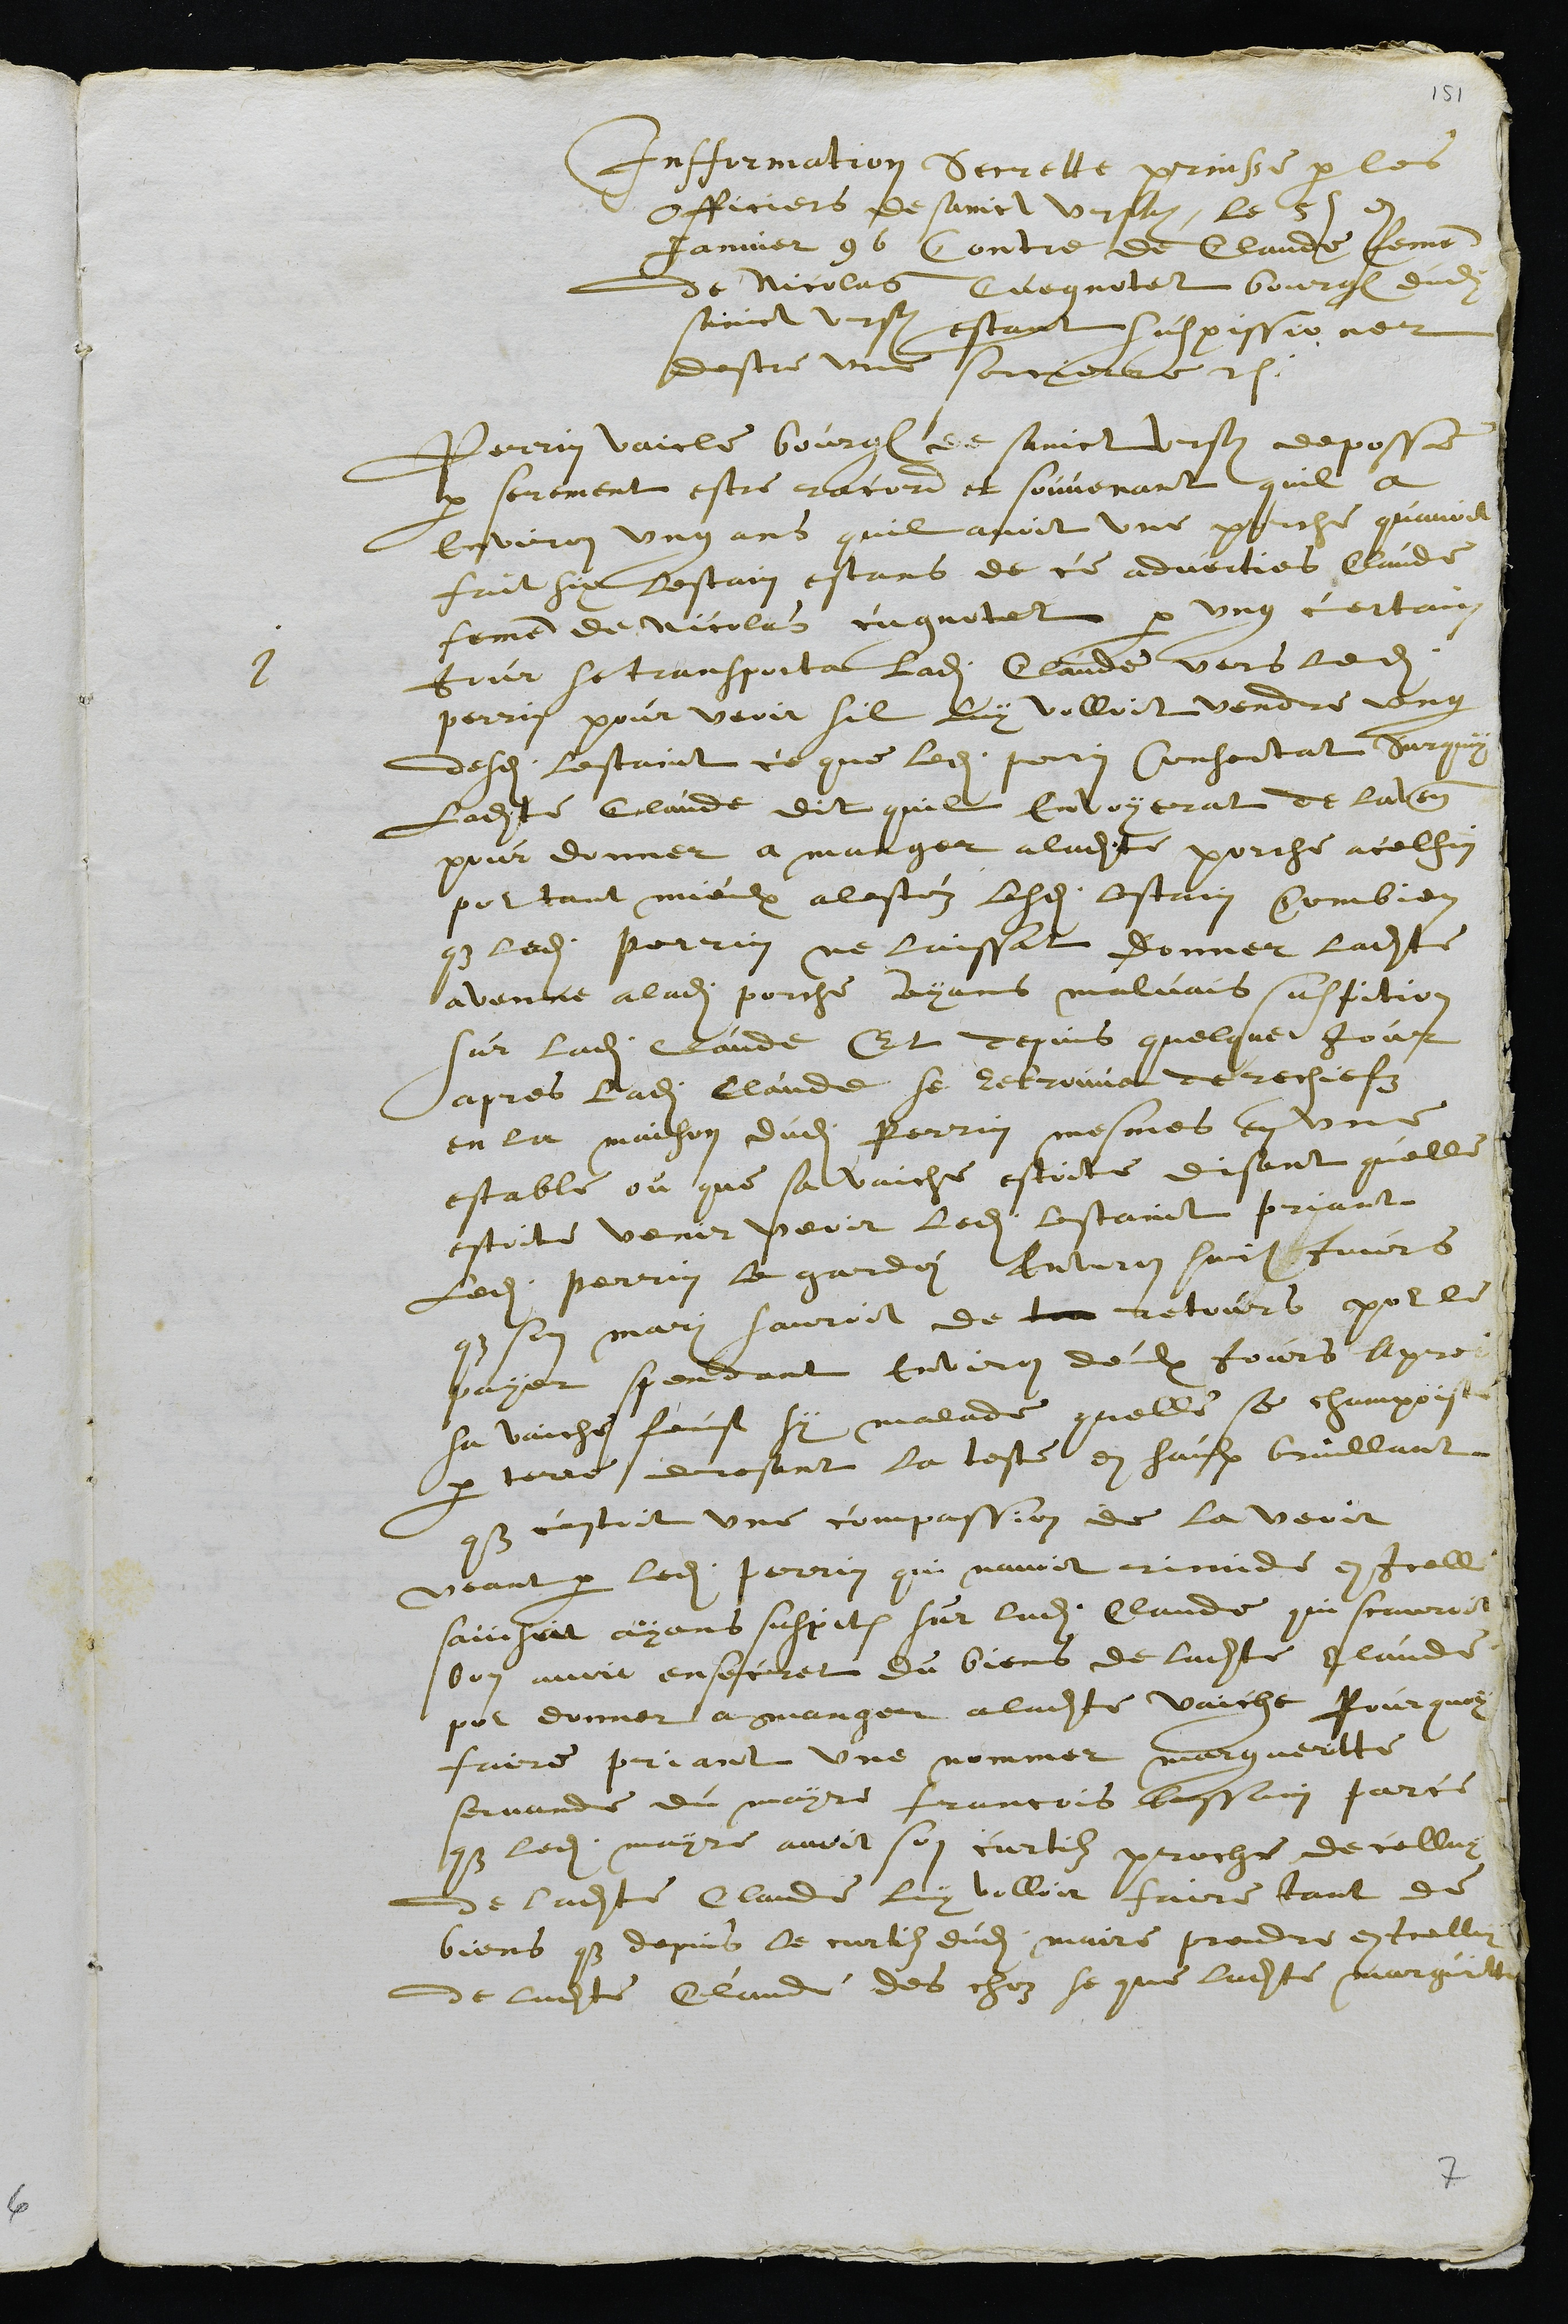
Infformation secrette prinse par les
officiers de sainct Ursanne, le 5e en
Janvier 96 Contre de Claude femme
de Nicolas Cugnotet bourgeois dudit
sainct Ursanne estant suspissioner
destre une sorcierre.
1
Perrin Vaicle bourgeois de sainct Ursanne deposse
par serement estre racord et souvenant quil a
environ ung ans quil avoit une porche quavoit
fait six lestain estans de ce adverties Claude
femme de Nicolas cugnotet par ung certain
jour se transporta ladite Claude vers ledit
perrin pour veoir sil luy volloit vendre ung
desdits lestaint ce que ledit Perrin Consentat Surquoy
ladite Claude dit quil envoyerat de laven
pour donner a manger a ladite porche acelfin
por tant mieulx alestéz lesdits lestain Combien
que ledit Perrin ne laissat donner ladite
avenne a ladite porche ayans malvais suspition
sur ladite Claude Et depuis quelque jour
apres ladite Claude se retrouva derechiefz
en la maison dudit Perrin mesmes en une
estable ou que sa vaiche estoite disant quelle
estoite venir veoir ledit lestaint priant
ledit Perrin le gardei environ huit jours
que son mari sauroit de retours pour le
payer spendant environ deulx Jours apres
sa vaiche feust sy malade quelle se champoista
par terre dresant la teste en haulx bruillant
que cestoit une compassion de la veoir
veant par ledit perrin qui navoit rimide en icelle
sainsuit ayans suspition sur ladite Claude qui scauroit
bon avoit ensecret du biens de ladite Claude
por donner a manger a ladite vaiche Pourquoy
faire priant une nommer margueritte
servande du mayre francois bassain parce
que ledit mayre avoit son curtilz proche de celluy
de ladite Claude luy volloir faire tant de
biens que depuis le curtilz dudit maire prendre en icelluy
de ladite Claude des choz se que ladite marguitte

7